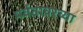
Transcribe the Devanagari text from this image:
पर्वतावरच्या